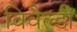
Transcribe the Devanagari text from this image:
विवैल्डी